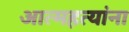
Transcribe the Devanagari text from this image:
आत्महत्यांना